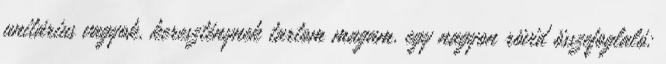
unitárius vagyok, kereszténynek tartom magam. egy nagyon rövid összefoglaló: